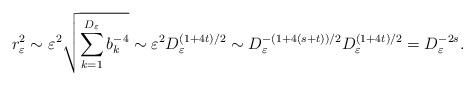
LaTeX: \begin{align*}r_\varepsilon^2\sim\varepsilon^2\sqrt{\sum_{k=1}^{D_\varepsilon}b_k^{-4}}\sim \varepsilon^2 D_\varepsilon^{(1+4t)/2}\sim D_\varepsilon^{-(1+4(s+t))/2}D_\varepsilon^{(1+4t)/2}=D_\varepsilon^{-2s}.\end{align*}